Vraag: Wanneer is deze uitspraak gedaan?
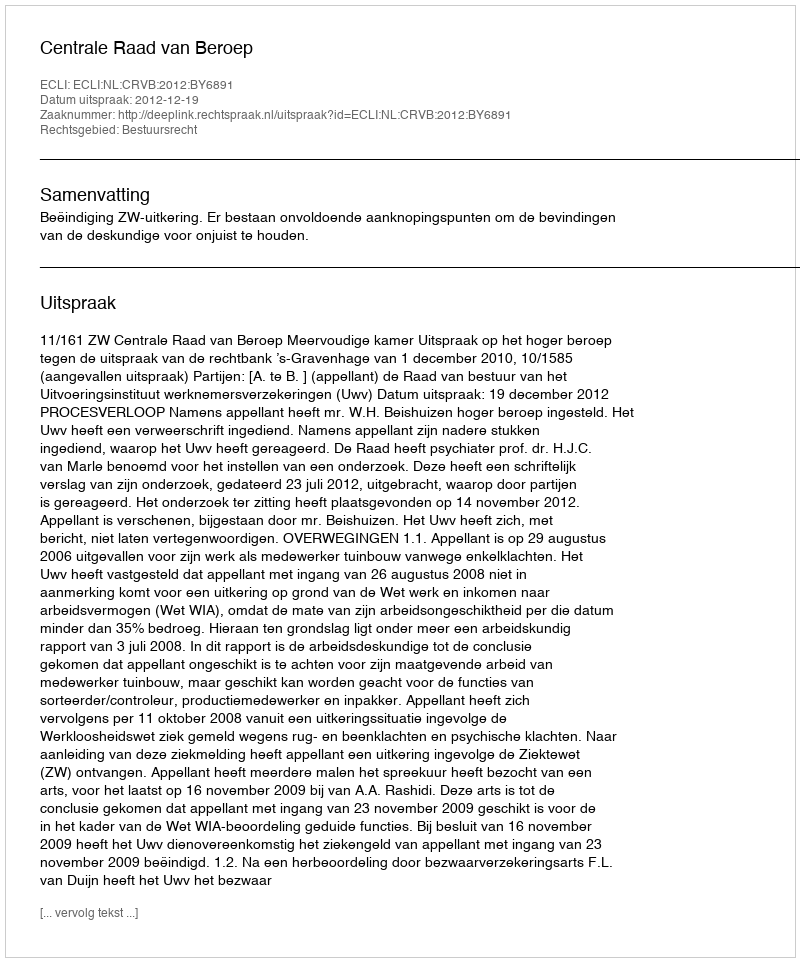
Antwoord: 2012-12-19